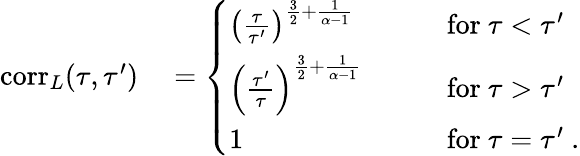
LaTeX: \begin{array}{rl}{\mathrm{corr}_{L}(\tau,\tau^{\prime})}&{{}=\left\{ \begin{array}{ll}{\left(\frac{\tau}{\tau^{\prime}}\right)^{\frac{3}{2}+\frac{1}{\alpha-1}}}&{\qquad\mathrm{for}\ \tau<\tau^{\prime}}\\ {\left(\frac{\tau^{\prime}}{\tau}\right)^{\frac{3}{2}+\frac{1}{\alpha-1}}}&{\qquad\mathrm{for}\ \tau>\tau^{\prime}}\\ {1}&{\qquad\mathrm{for}\ \tau=\tau^{\prime}\ .}\end{array}\right.}\end{array}